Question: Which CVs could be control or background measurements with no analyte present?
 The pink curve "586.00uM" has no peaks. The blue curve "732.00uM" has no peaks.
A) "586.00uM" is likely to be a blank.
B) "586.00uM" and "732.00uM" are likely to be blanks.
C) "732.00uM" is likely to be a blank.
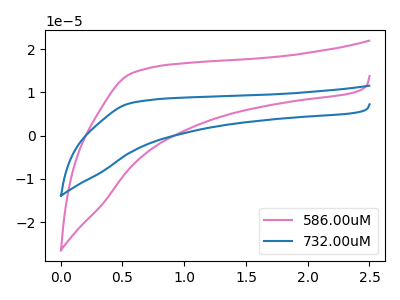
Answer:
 <answer>B) "586.00uM" and "732.00uM" are likely to be blanks.</answer>
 <eval>B</eval>